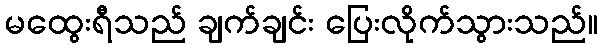
မထွေးရီသည် ချက်ချင်း ပြေးလိုက်သွားသည်။